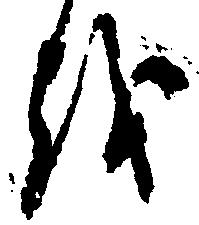
を